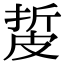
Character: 㿱